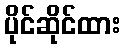
ပိုင်ဆိုင်ထား